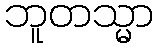
ဘူတသ္မာ